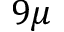
9 \mu